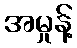
အမှုန့်